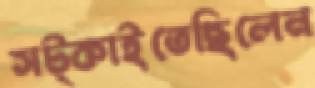
সট্‌কাইতেছিলেন